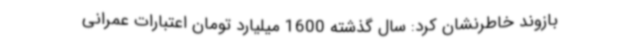
بازوند خاطرنشان کرد: سال گذشته 1600 میلیارد تومان اعتبارات عمرانی